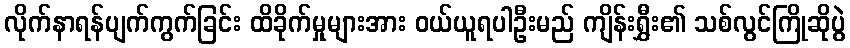
လိုက်နာရန်ပျက်ကွက်ခြင်း ထိခိုက်မှုများအား ဝယ်ယူရပါဦးမည် ကျိန်းရွှီး၏ သစ်လွင်ကြိုဆိုပွဲ